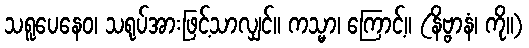
သရူပေနေဝ၊ သရုပ်အားဖြင့်သာလျှင်။ ကသ္မာ၊ ကြောင့်။ (နိဗ္ဗာနံ၊ ကို။)